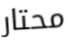
محتار